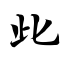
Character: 此